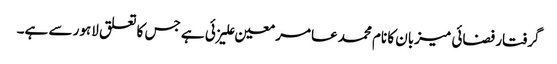
گرفتار فضائی میزبان کا نام محمد عامر معین علیزئی ہے جس کا تعلق لاہور سے ہے۔